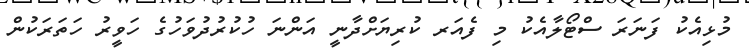
މުޅިއެކު ފަނަރަ ސްޓޯލާއެކު މި ފެއަރ ކުރިޔަށްދާނީ އަންނަ ހުކުރުދުވަހުގެ ހަވީރު ހަތަރަކުން